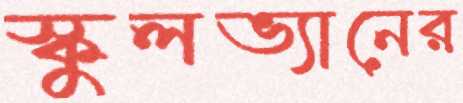
স্কুলভ্যানের